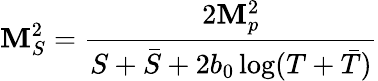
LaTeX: \mathbf{M}_{S}^{2}=\frac{{2\mathbf{M}_{p}^{2}}}{{S+\bar{{S}}+2b_{0}\log(T+\bar{{T}})}}